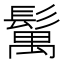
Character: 𩮐